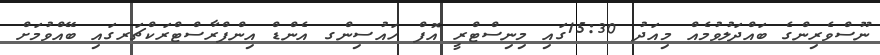
ނޫސްވެރިންގެ ބައްދަލުވުމެއް މިއަދު 15:30ގައި މިނިސްޓްރީ އޮފް ހައުސިންގ އެންޑް އިންފްރާސްޓްރަކްޗަރގައި ބޭއްވުމަށް